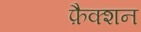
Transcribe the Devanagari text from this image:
फ़ैक्शन